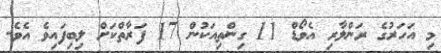
މި އަހަރުގެ ރަންލާރި އެވޯޑް 11 ގިންތިއަކުން 17 ފަރާތްކަށް ލިބިފައިވެ އެވެ.